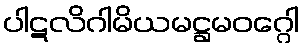
ပါဋလိဂါမိယမဋ္ဌမဝဂ္ဂေါ